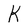
Character: K